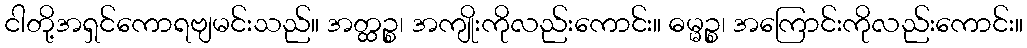
ငါတို့အရှင်ကောရဗျမင်းသည်။ အတ္ထဉ္စ၊ အကျိုးကိုလည်းကောင်း။ ဓမ္မဉ္စ၊ အကြောင်းကိုလည်းကောင်း။